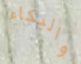
والبكاء